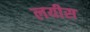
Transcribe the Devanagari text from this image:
लयीस